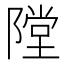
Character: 隚